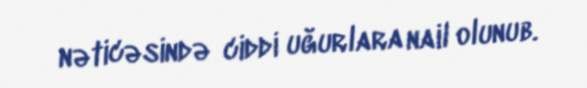
nəticəsində ciddi uğurlara nail olunub.